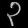
Digit: ၃